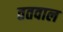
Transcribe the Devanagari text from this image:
ततवाल